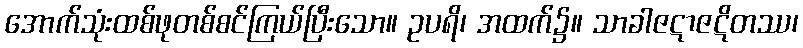
အောက်သုံးထစ်ဖုတစ်စင်ကြယ်ပြီးသော။ ဥပရိ၊ အထက်၌။ သာခါဇဋာဇဋိတဿ၊